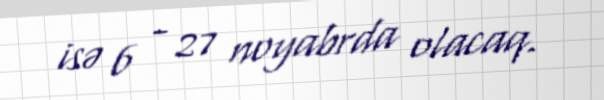
isə 6 - 27 noyabrda olacaq.